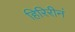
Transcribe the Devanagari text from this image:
हिरिरीनं